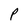
Character: O